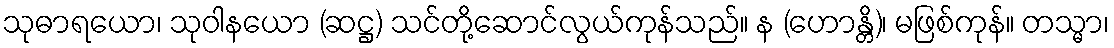
သုဓာရယော၊ သုဝါနယော (ဆဋ္ဌ) သင်တို့ဆောင်လွယ်ကုန်သည်။ န (ဟောန္တိ)၊ မဖြစ်ကုန်။ တသ္မာ၊